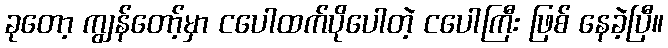
ခုတော့ ကျွန်တော့်မှာ ငပေါထက်ပိုပေါတဲ့ ငပေါကြီး ဖြစ် နေခဲ့ပြီ။